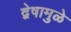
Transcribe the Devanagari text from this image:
द्वेषामुळे